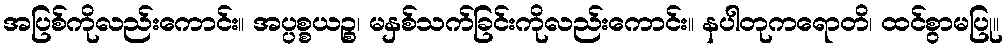
အပြစ်ကိုလည်းကောင်း။ အပ္ပစ္စယဉ္စ၊ မနှစ်သက်ခြင်းကိုလည်းကောင်း။ နပါတုကရောတိ၊ ထင်စွာမပြု။